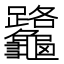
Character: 𪛅